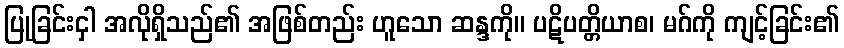
ပြုခြင်းငှါ အလိုရှိသည်၏ အဖြစ်တည်း ဟူသော ဆန္ဒကို။ ပဋိပတ္တိယာစ၊ မဂ်ကို ကျင့်ခြင်း၏